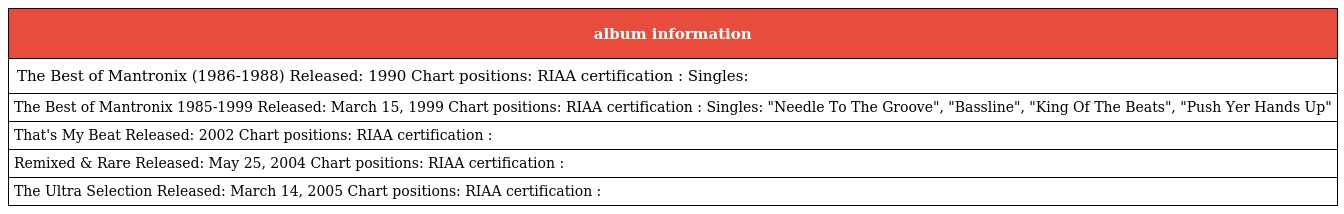
| album information |
 | --- |
 | The Best of Mantronix (1986-1988) Released: 1990 Chart positions: RIAA certification : Singles: |
 | The Best of Mantronix 1985-1999 Released: March 15, 1999 Chart positions: RIAA certification : Singles: "Needle To The Groove", "Bassline", "King Of The Beats", "Push Yer Hands Up" |
 | That's My Beat Released: 2002 Chart positions: RIAA certification : |
 | Remixed & Rare Released: May 25, 2004 Chart positions: RIAA certification : |
 | The Ultra Selection Released: March 14, 2005 Chart positions: RIAA certification : |